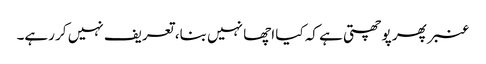
عنبر پھر پوچھتی ہے کہ کیا اچھا نہیں بنا، تعریف نہیں کر رہے۔